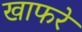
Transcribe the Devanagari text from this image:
खाफरे